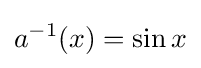
a^{-1}(x)=\sin x